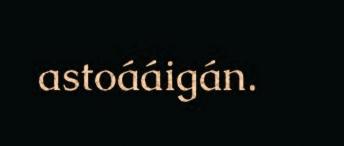
astoááigán.